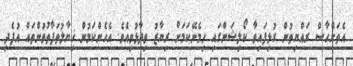
އެތަށްހާސް ރައްޔިތުން ގުޅިފައިވާ ކޯލިޝަންގައި ހިމެނޭކަމަށް ރިޔާޒު ވިދާޅުވިއެވެ. އެހެންކަމުން ޚިޔާލުތަފާތުވުންތައް އުފެދި